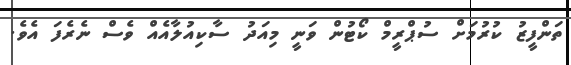
ތަންފީޒު ކުރުމަށް ސުޕްރީމް ކޯޓުން ވަނީ މިއަދު ސާކިއުލާއެއް ވެސް ނެރެފަ އެވެ.